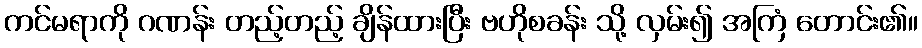
ကင်မရာကို ဂဏန်း တည့်တည့် ချိန်ထားပြီး ဗဟိုစခန်း သို့ လှမ်း၍ အကြံ တောင်း၏။